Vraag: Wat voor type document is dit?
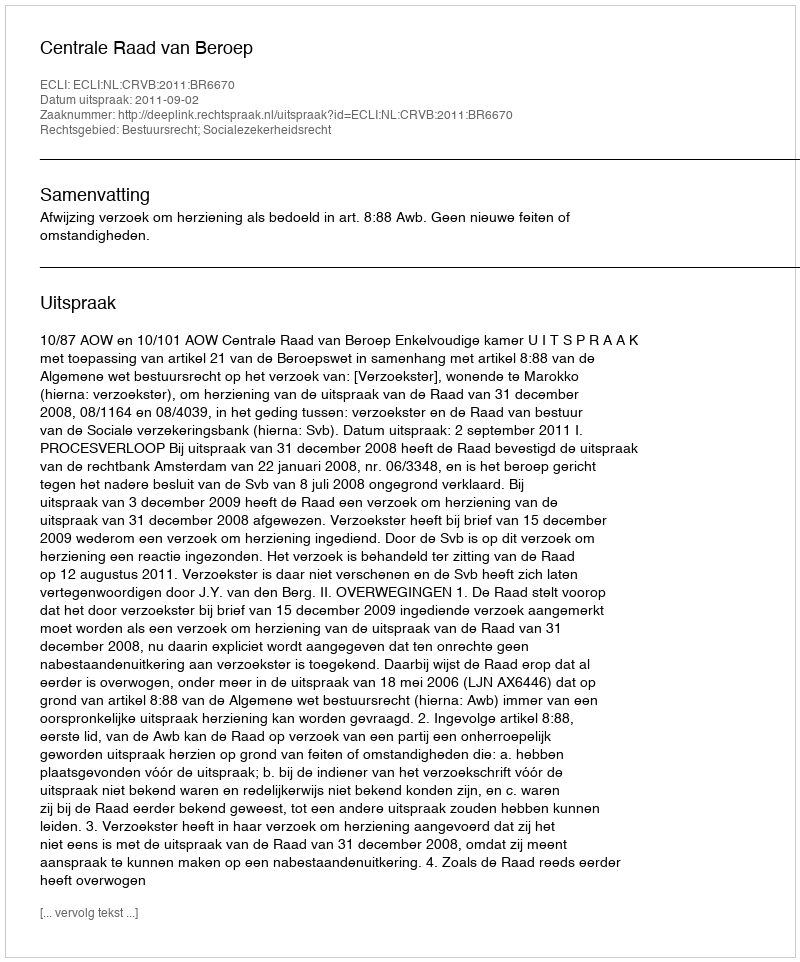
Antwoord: Uitspraak